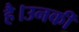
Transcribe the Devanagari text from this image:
है।उनकीं